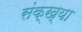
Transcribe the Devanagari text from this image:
संक्ख्या